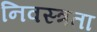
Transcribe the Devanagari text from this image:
निवस्त्रता